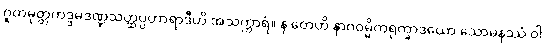
ဂူထမုတ္တကဒ္ဒမဒဏ္ဍသတ္ထပ္ပဟာရာဒီဟိ အသက္ကာရံ။ န တေဟိ နာဂဝမ္မိကရုက္ခာဒယော သောမနဿံ ဝါ